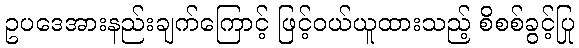
ဥပဒေအားနည်းချက်ကြောင့် ဖြင့်ဝယ်ယူထားသည့် စိစစ်ခွင့်ပြု